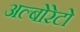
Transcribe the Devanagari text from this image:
अल्बोरेटो